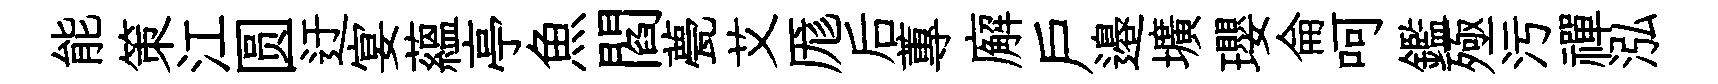
能策江圆迂宴蘊亭魚閻甍艾厖后蓴廨戶邉壙瓔侖呵鑑殛污禪泓